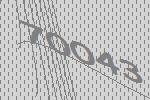
70043